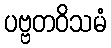
ပဗ္ဗတဝိသမံ